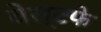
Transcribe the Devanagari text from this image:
वेस्टफे